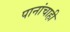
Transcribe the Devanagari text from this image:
पानांचाही